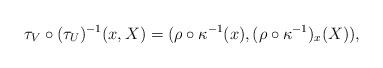
LaTeX: \begin{align*} \tau_V \circ (\tau_U)^{-1} (x, X) = (\rho \circ \kappa^{-1} (x), (\rho \circ \kappa^{-1})_x (X)),\end{align*}